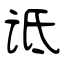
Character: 诋